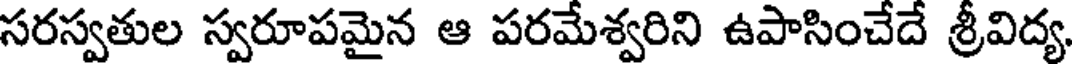
సరస్వతుల స్వరూపమైన ఆ పరమేశ్వరిని ఉపాసించేదే శ్రీవిద్య